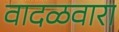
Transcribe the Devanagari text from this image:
वादळवारा